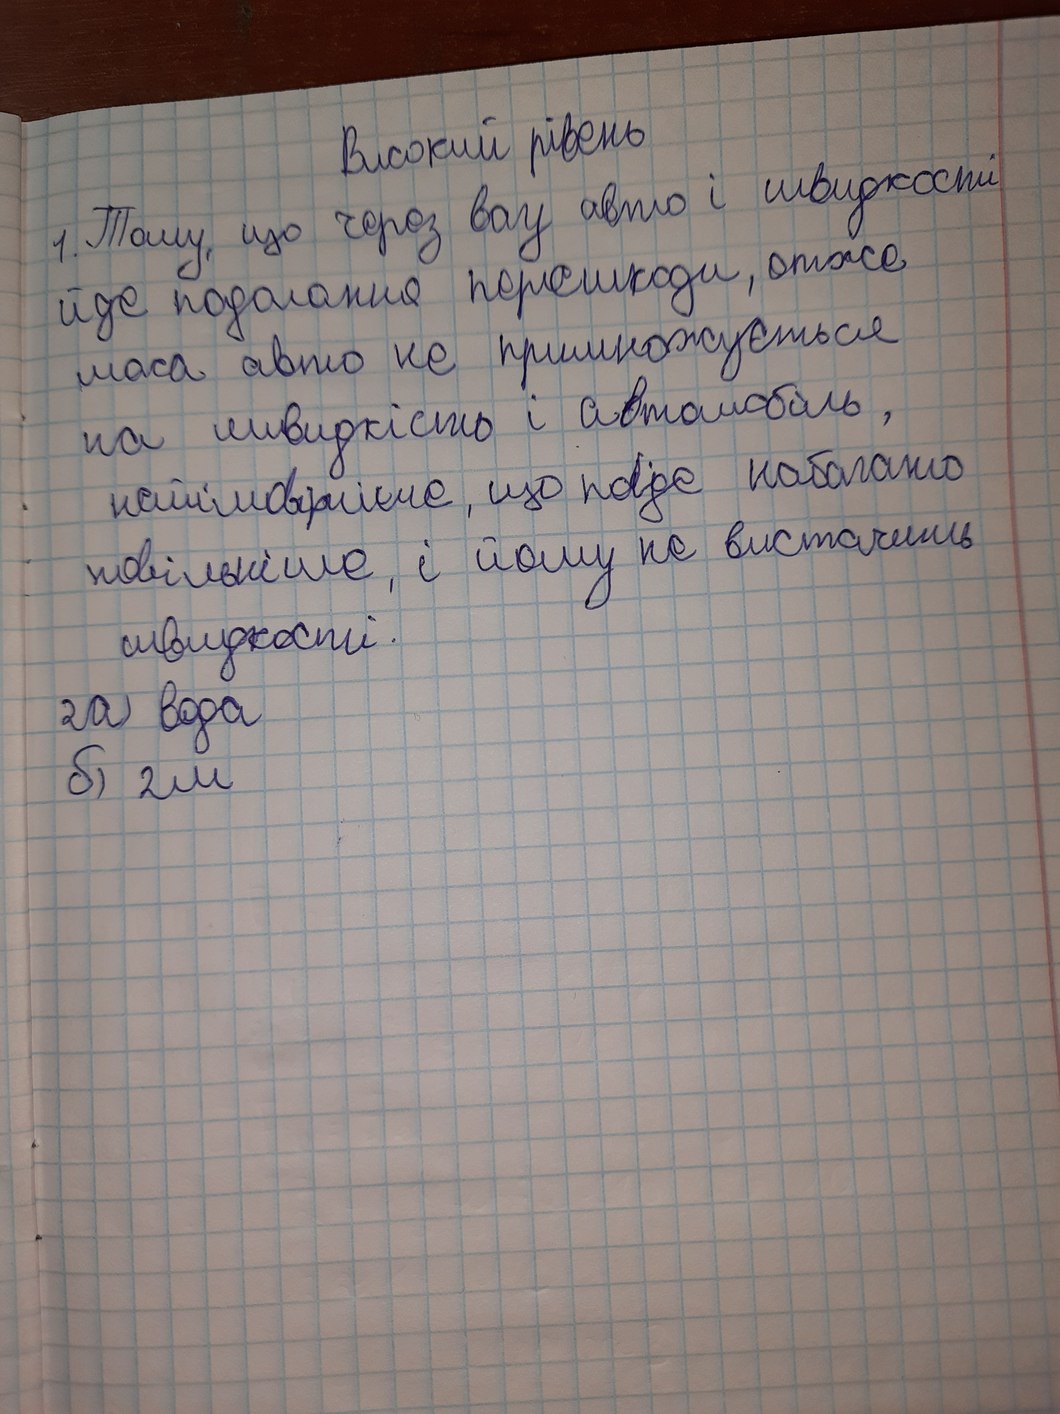
Високий рівень
1. Тому, що через вагу авто і швидкості
йде подолання перешкоди, отже
маса авто не примножуєься
на швидкість і автомобіль,
наймовірніше, що поїде набагато
повільніше, і йому не вистачить
швидкості.
2 а) вода
б) 2м